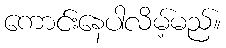
ကောင်းနေပါလိမ့်မည်။